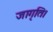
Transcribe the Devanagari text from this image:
जागृति।